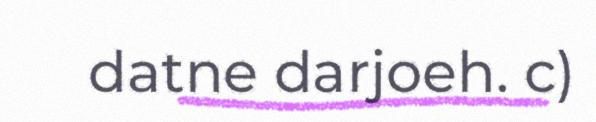
datne darjoeh. c)